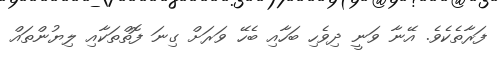
ފަރާތެކެވެ. އޭނާ ވަނީ ދިވެހި ބަހާއި ބެހޭ ވަރަށް ގިނަ ފޮތްތަކާއި ލިޔުންތައް